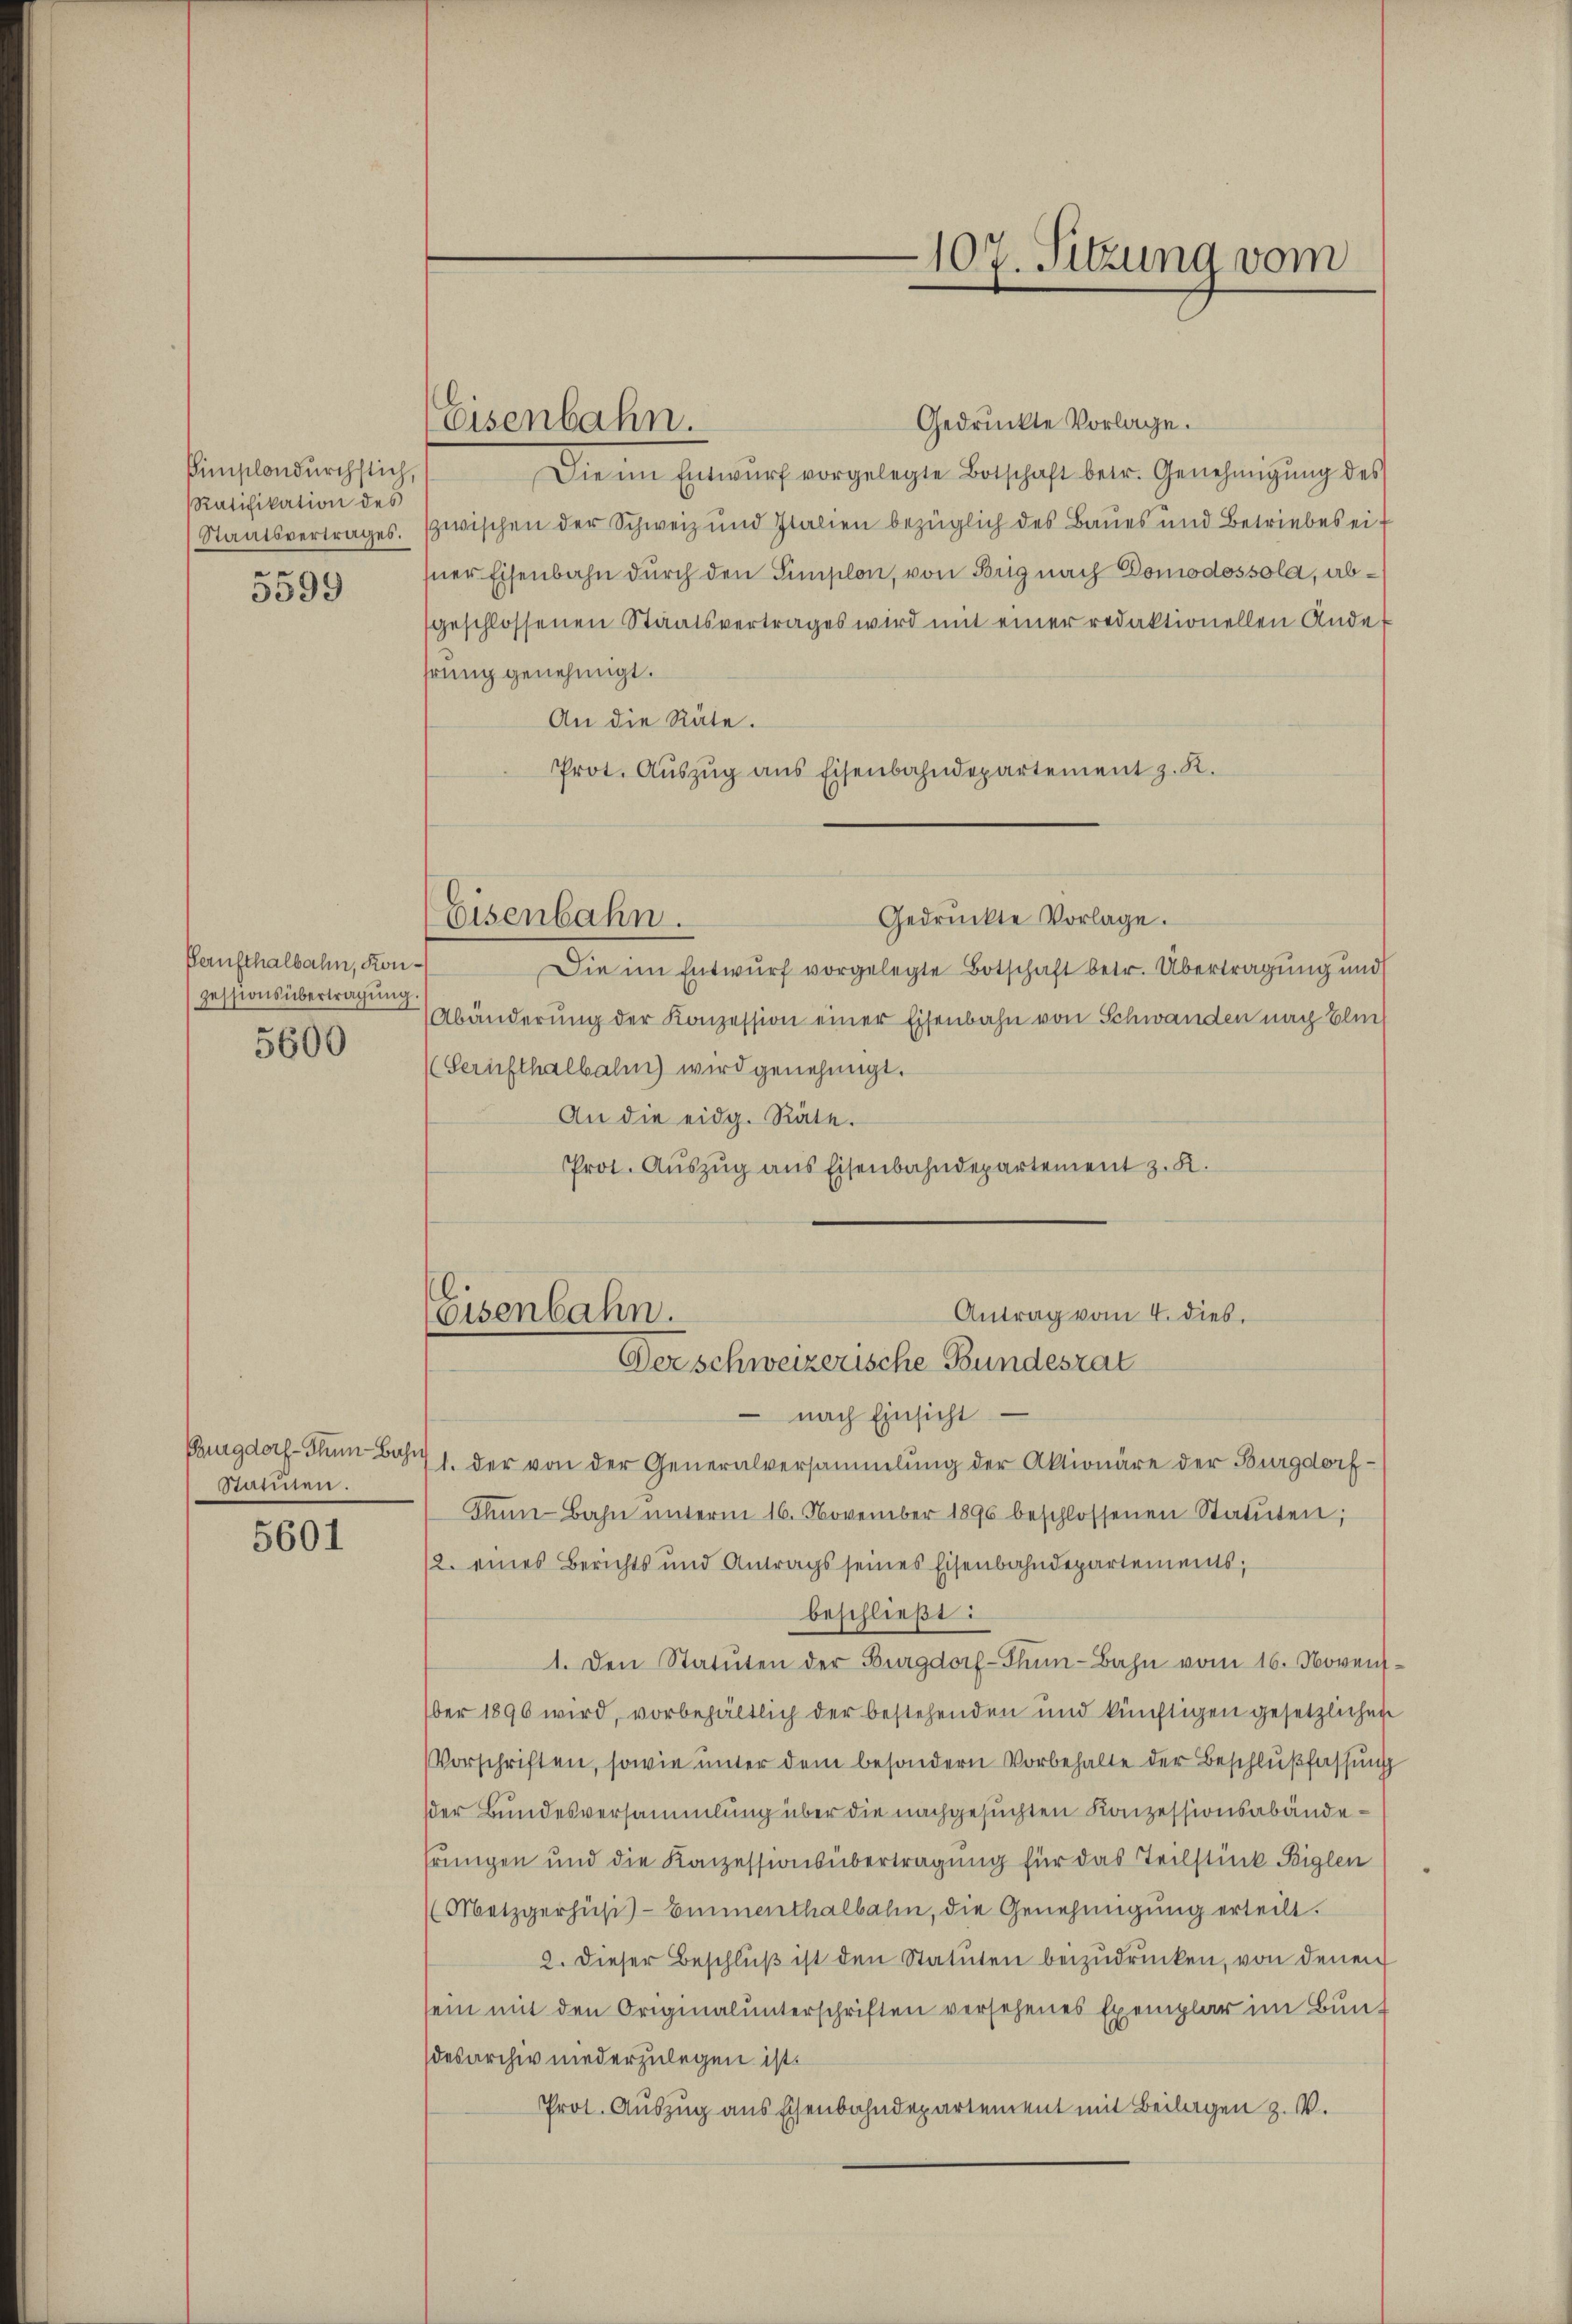
simplondurchstich,
Ratifikation des
Staatsvertrages.
e

3599

Paufthalbahn, Konzessionsübertragung.
5600

Burgdorf - Thun-Bahn
Statuten.

5601

Eisenbahn.

Eisenbahn.

Antrag vom 4. dieb.
Eisenbahn.
Der schweizerische Bundesrat

Gedruckte Vorlage.
Die im Entwŭrf vorgelegte Botschaft betr. Genehmigŭng des
zwischen der Schweiz und Italien bezüglich des Baues und Betriebes eisner Eisenbahn durch den Simplon, von Brig nach Domodossola, abgeschlossenen Staatsvertrages wird mit einer redaktionellen Ande
hrung genehmigt.
An die Räte.
Prot. Auszug aus Eisenbahndepartement z. R.

107. Sitzung vom
e

Gedrückte Vorlage.
Die im Entwurf vorgelegte Botschaft betr. Übertragung und
Abänderŭng der Konzession einer Eisenbahn von Schwanden nach Eli
(Sernsthalbalm) wird genehmigt.
An die eidg. Räte.
Prot. Auszug aus Eisenbahndepartement z. K.

nach Einsicht
1. der von der Generalversammlung der Aktionäre der Burgdorf-
Thnn-Bahn ŭnterm 16. November 1896 beschlossenen Statŭten;
12. eines Berichts und Antrags seines Eisenbahndepartements;
beschließt:
1. Den Statŭten der Burgdorf-Thŭn-Bahn vom 16. Novensber 1896 wird, vorbehältlich der bestehenden und künftigen gesetzlichen
Vorschriften, sowie unter dem besondern Vorbehalte der Beschlußfassung
der Bundesversammlung über die nachgesuchten Konzessionsabänderungen und die Konzessionsübertragung für das Teilstück Biglen
(Metzgerhüsi-Emmenthalbahn, die Genehmigŭng erteilt.
2. dieser Beschlŭβ ist den Statuten beizŭdrücken, von denen
sein mit den Originalunterschriften versehenes Exemplar im Bun-
desarchiv niederzulegen ist.
Prot. Auszug aus Eisenbahndepartement mit Beilagen z. V.